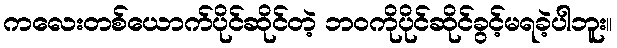
ကလေးတစ်ယောက်ပိုင်ဆိုင်တဲ့ ဘဝကိုပိုင်ဆိုင်ခွင့်မရခဲ့ပါဘူး။